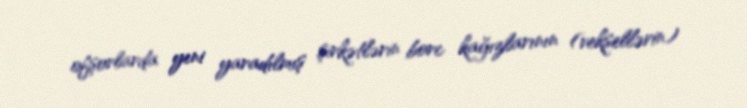
ofşorlarda yeni yaradılmış şirkətlərin borc kağızlarının (veksellərin)